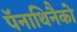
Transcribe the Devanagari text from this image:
पॅनाथिनैको